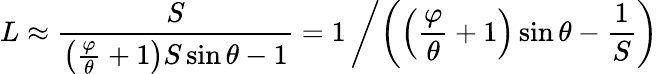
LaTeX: L\approx{\frac{S}{\left({\frac{\varphi}{\theta}}+1\right)S\sin\theta-1}}=1\left/\left(\left({\frac{\varphi}{\theta}}+1\right)\sin\theta-{\frac{1}{S}}\right)\right.